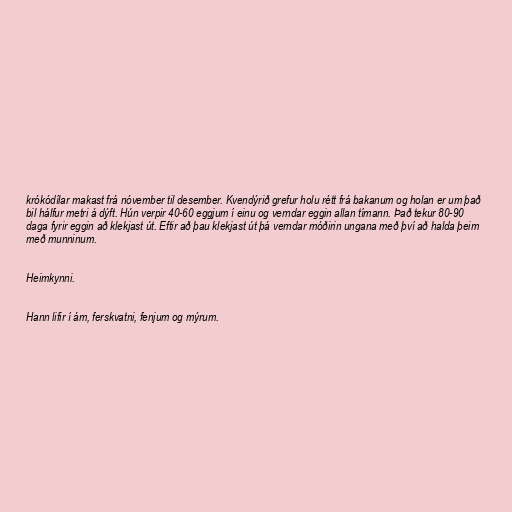
krókódílar makast frá nóvember til desember. Kvendýrið grefur holu rétt frá bakanum og holan er um það
bil hálfur metri á dýft. Hún verpir 40-60 eggjum í einu og verndar eggin allan tímann. Það tekur 80-90
daga fyrir eggin að klekjast út. Eftir að þau klekjast út þá verndar móðirin ungana með því að halda þeim
með munninum.

Heimkynni.

Hann lifir í ám, ferskvatni, fenjum og mýrum.